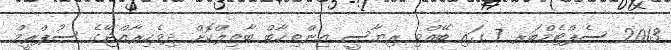
2013 ސެޕްޓެމްބަރ 7 ގައި ބޭއްވި ރިޔާސީ އިންތިޚާބް ބާޠިލްކޮށް ދިވެހިރާއްޖޭގެ ސުޕްރީމް